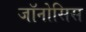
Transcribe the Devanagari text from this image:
जॉनोसिस